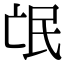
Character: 氓